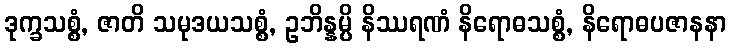
ဒုက္ခသစ္စံ, ဇာတိ သမုဒယသစ္စံ, ဥဘိန္နမ္ပိ နိဿရဏံ နိရောဓသစ္စံ, နိရောဓပဇာနနာ